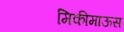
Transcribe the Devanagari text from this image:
मिकीमाऊस